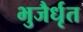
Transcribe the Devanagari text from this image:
भुजैर्धृत